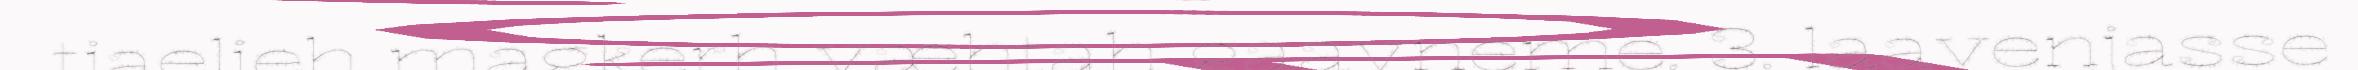
tjaelieh magkerh væhtah gaavneme. 3. laavenjasse